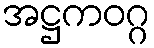
အဋ္ဌကဝဂ္ဂ